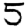
Digit: 5